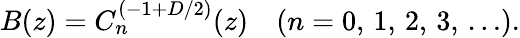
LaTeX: B(z)=C_{n}^{(-1+D/2)}(z)\quad(n=0,\, 1,\, 2,\, 3,\, \ldots).